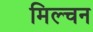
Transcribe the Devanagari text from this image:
मिल्चन